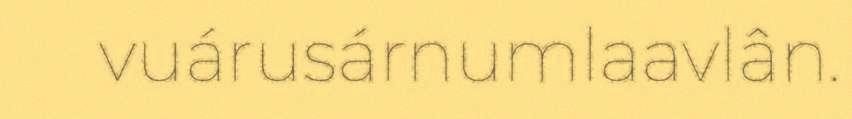
vuárusárnumlaavlân.